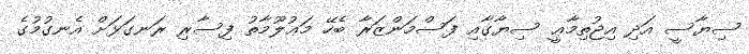
ސިޔާސީ އަދި އިޖުތިމާޢީ ސިޔާގާއި ފަސްމަންޒަރާ ބެހޭ މަޢުލޫމާތު ފިސާރި ރަނގަޅަށް އެނގުމުގެ